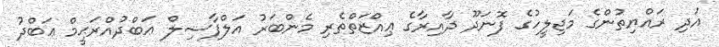
އަދި ރައްޔިތުންގެ މަޖިލީހުގެ ފޮނަދޫ ދާއިރާގެ ޢިއްޒަތްތެރި މެންބަރު އަލްފާޟިލް ޢަބްދުއްރަޙީމް ޢަބްދު